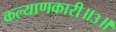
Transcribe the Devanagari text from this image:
कल्याणकारी॥३॥